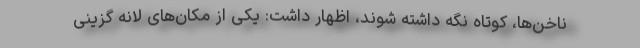
ناخن‌ها، کوتاه نگه داشته شوند، اظهار داشت: یکی از مکان‌های لانه گزینی